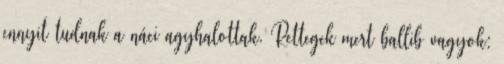
ennyit tudnak a náci agyhalottak. Rettegek mert ballib vagyok: